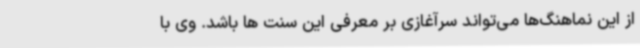
از این نماهنگ‌ها می‌تواند سرآغازی بر معرفی این سنت ها باشد. وی با